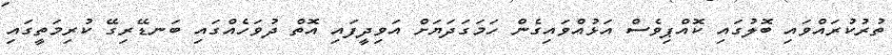
ތުރުކުރައްވައި ބޮލުގައި ކޮއްޕިވެސް އަޅުއްވައިގެން ހަމަގަދަޔަށް އަވިދީފައި އޮތް ދުވަހެއްގައި ބަނޑޭރިގޭ ކުރިމަތީގައި